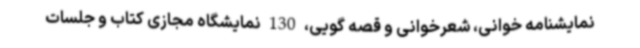
نمایشنامه خوانی، شعرخوانی و قصه گویی، 130 نمایشگاه مجازی کتاب و جلسات